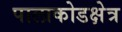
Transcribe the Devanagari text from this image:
पालाकोडक्षेत्र